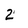
Character: 2